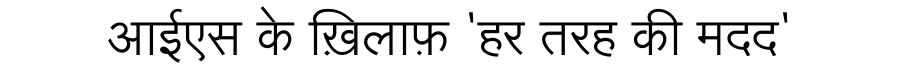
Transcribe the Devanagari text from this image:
आईएस के ख़िलाफ़ 'हर तरह की मदद'